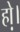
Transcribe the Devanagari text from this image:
हो़।